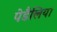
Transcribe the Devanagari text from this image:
पेडैलिया